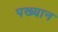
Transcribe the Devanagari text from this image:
पख्यान